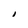
Character: I